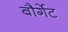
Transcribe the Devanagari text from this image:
बौर्गेट